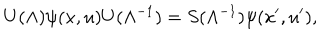
U ( \Lambda ) \psi ( x , u ) U ( \Lambda ^ { - 1 } ) = S ( \Lambda ^ { - 1 } ) \psi ( x ^ { \prime } , u ^ { \prime } ) ,